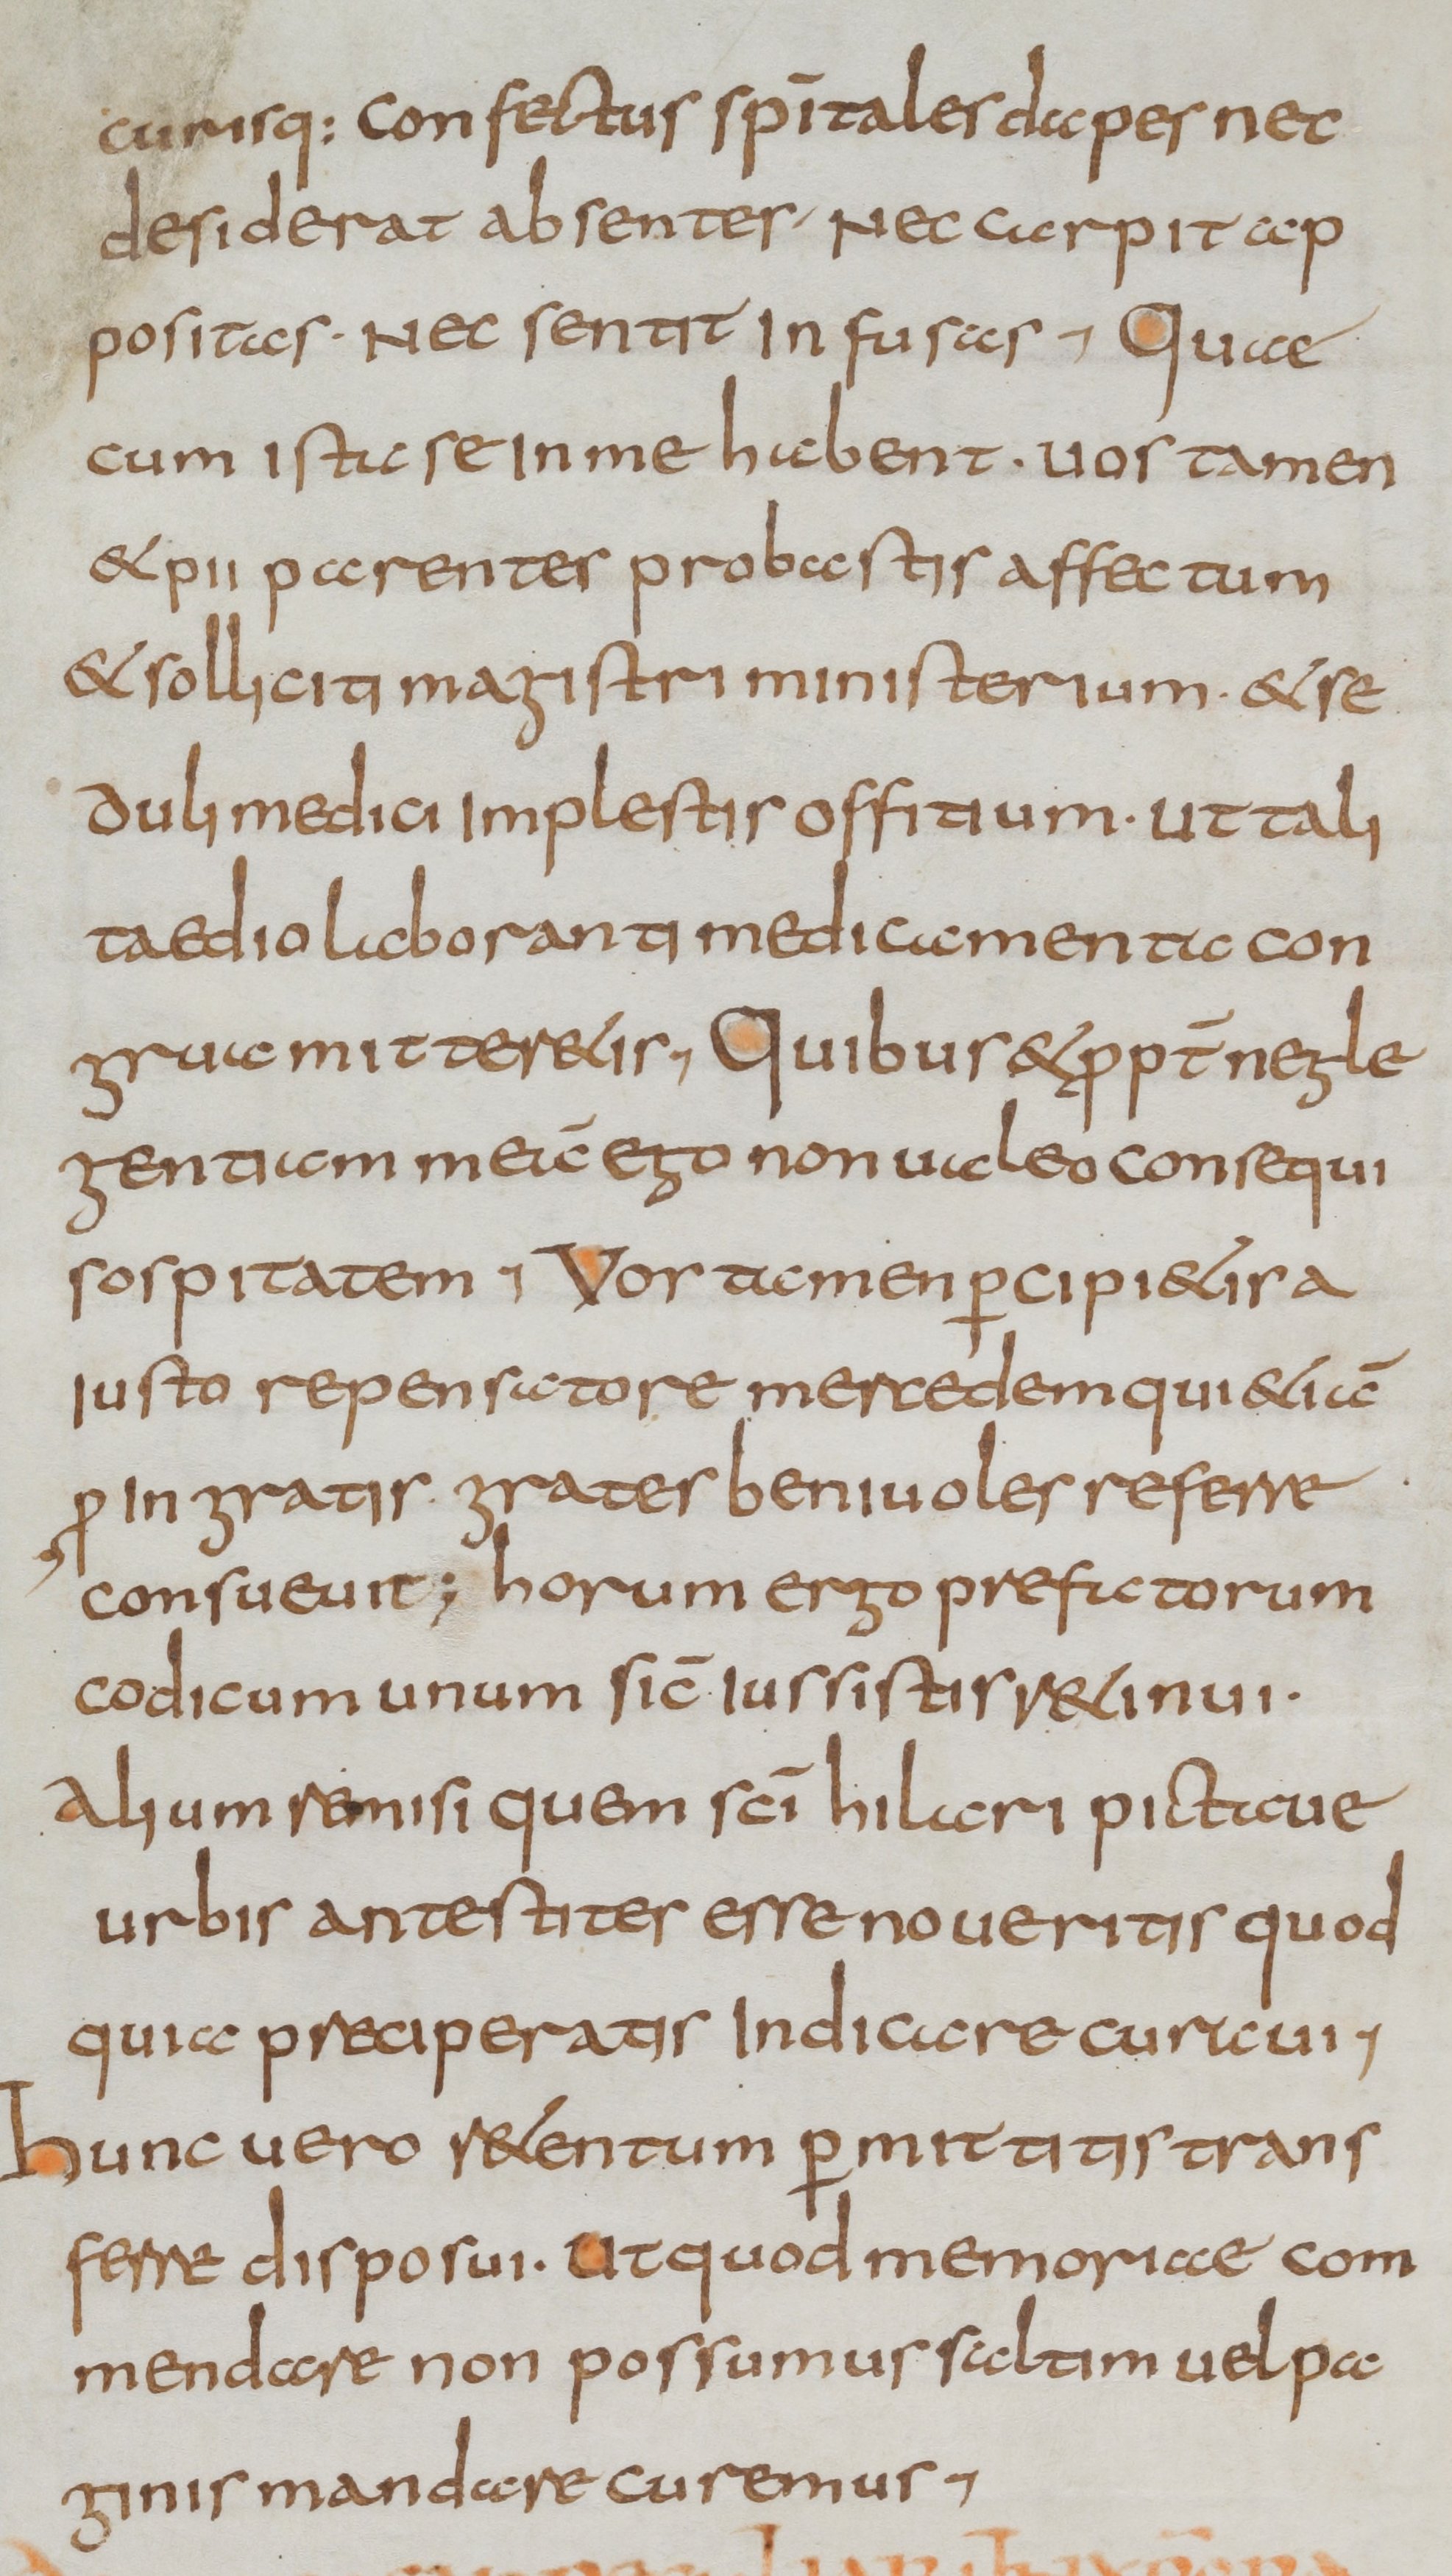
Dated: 800–899